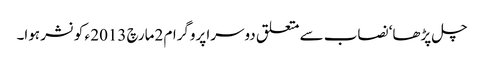
چل پڑھا‘ نصاب سے متعلق دوسرا پروگرام 2مارچ 2013 ء کو نشر ہوا۔